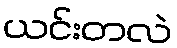
ယင်းတလဲ